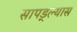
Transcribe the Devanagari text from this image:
सापड्ल्यास